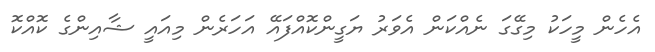
އެހެން މީހަކު މިގޭގަ ނެއްކަން އެވަރު ޔަގީންކޮއްފައޭ އަހަރެން މިއައީ ޝާއިންގެ ކޮއްކޮ